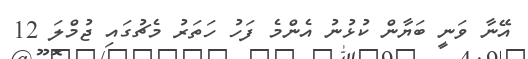
އޭނާ ވަނީ ބަޔާން ކުޅުނު އެންމެ ފަހު ހަތަރު މެޗުގައި ޖުމްލަ 12